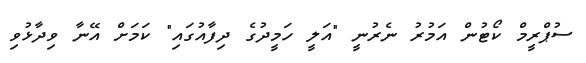
ސުޕްރީމް ކޯޓުން އަމުރު ނެރުނީ "އަލީ ހަމީދުގެ ދިފާއުގައި" ކަމަށް އޭނާ ވިދާޅުވި